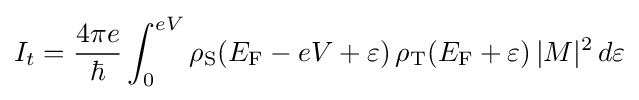
I_{t}={\frac {4\pi e}{\hbar }}\int _{0}^{eV}\rho _{\text{S}}(E_{\text{F}}-eV+\varepsilon )\,\rho _{\text{T}}(E_{\text{F}}+\varepsilon )\,|M|^{2}\,d\varepsilon